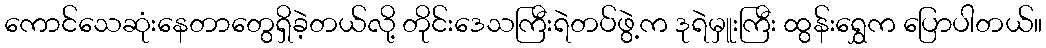
ကောင်သေဆုံးနေတာတွေရှိခဲ့တယ်လို့ တိုင်းဒေသကြီးရဲတပ်ဖွဲ့က ဒုရဲမှူးကြီး ထွန်းရွှေက ပြောပါတယ်။